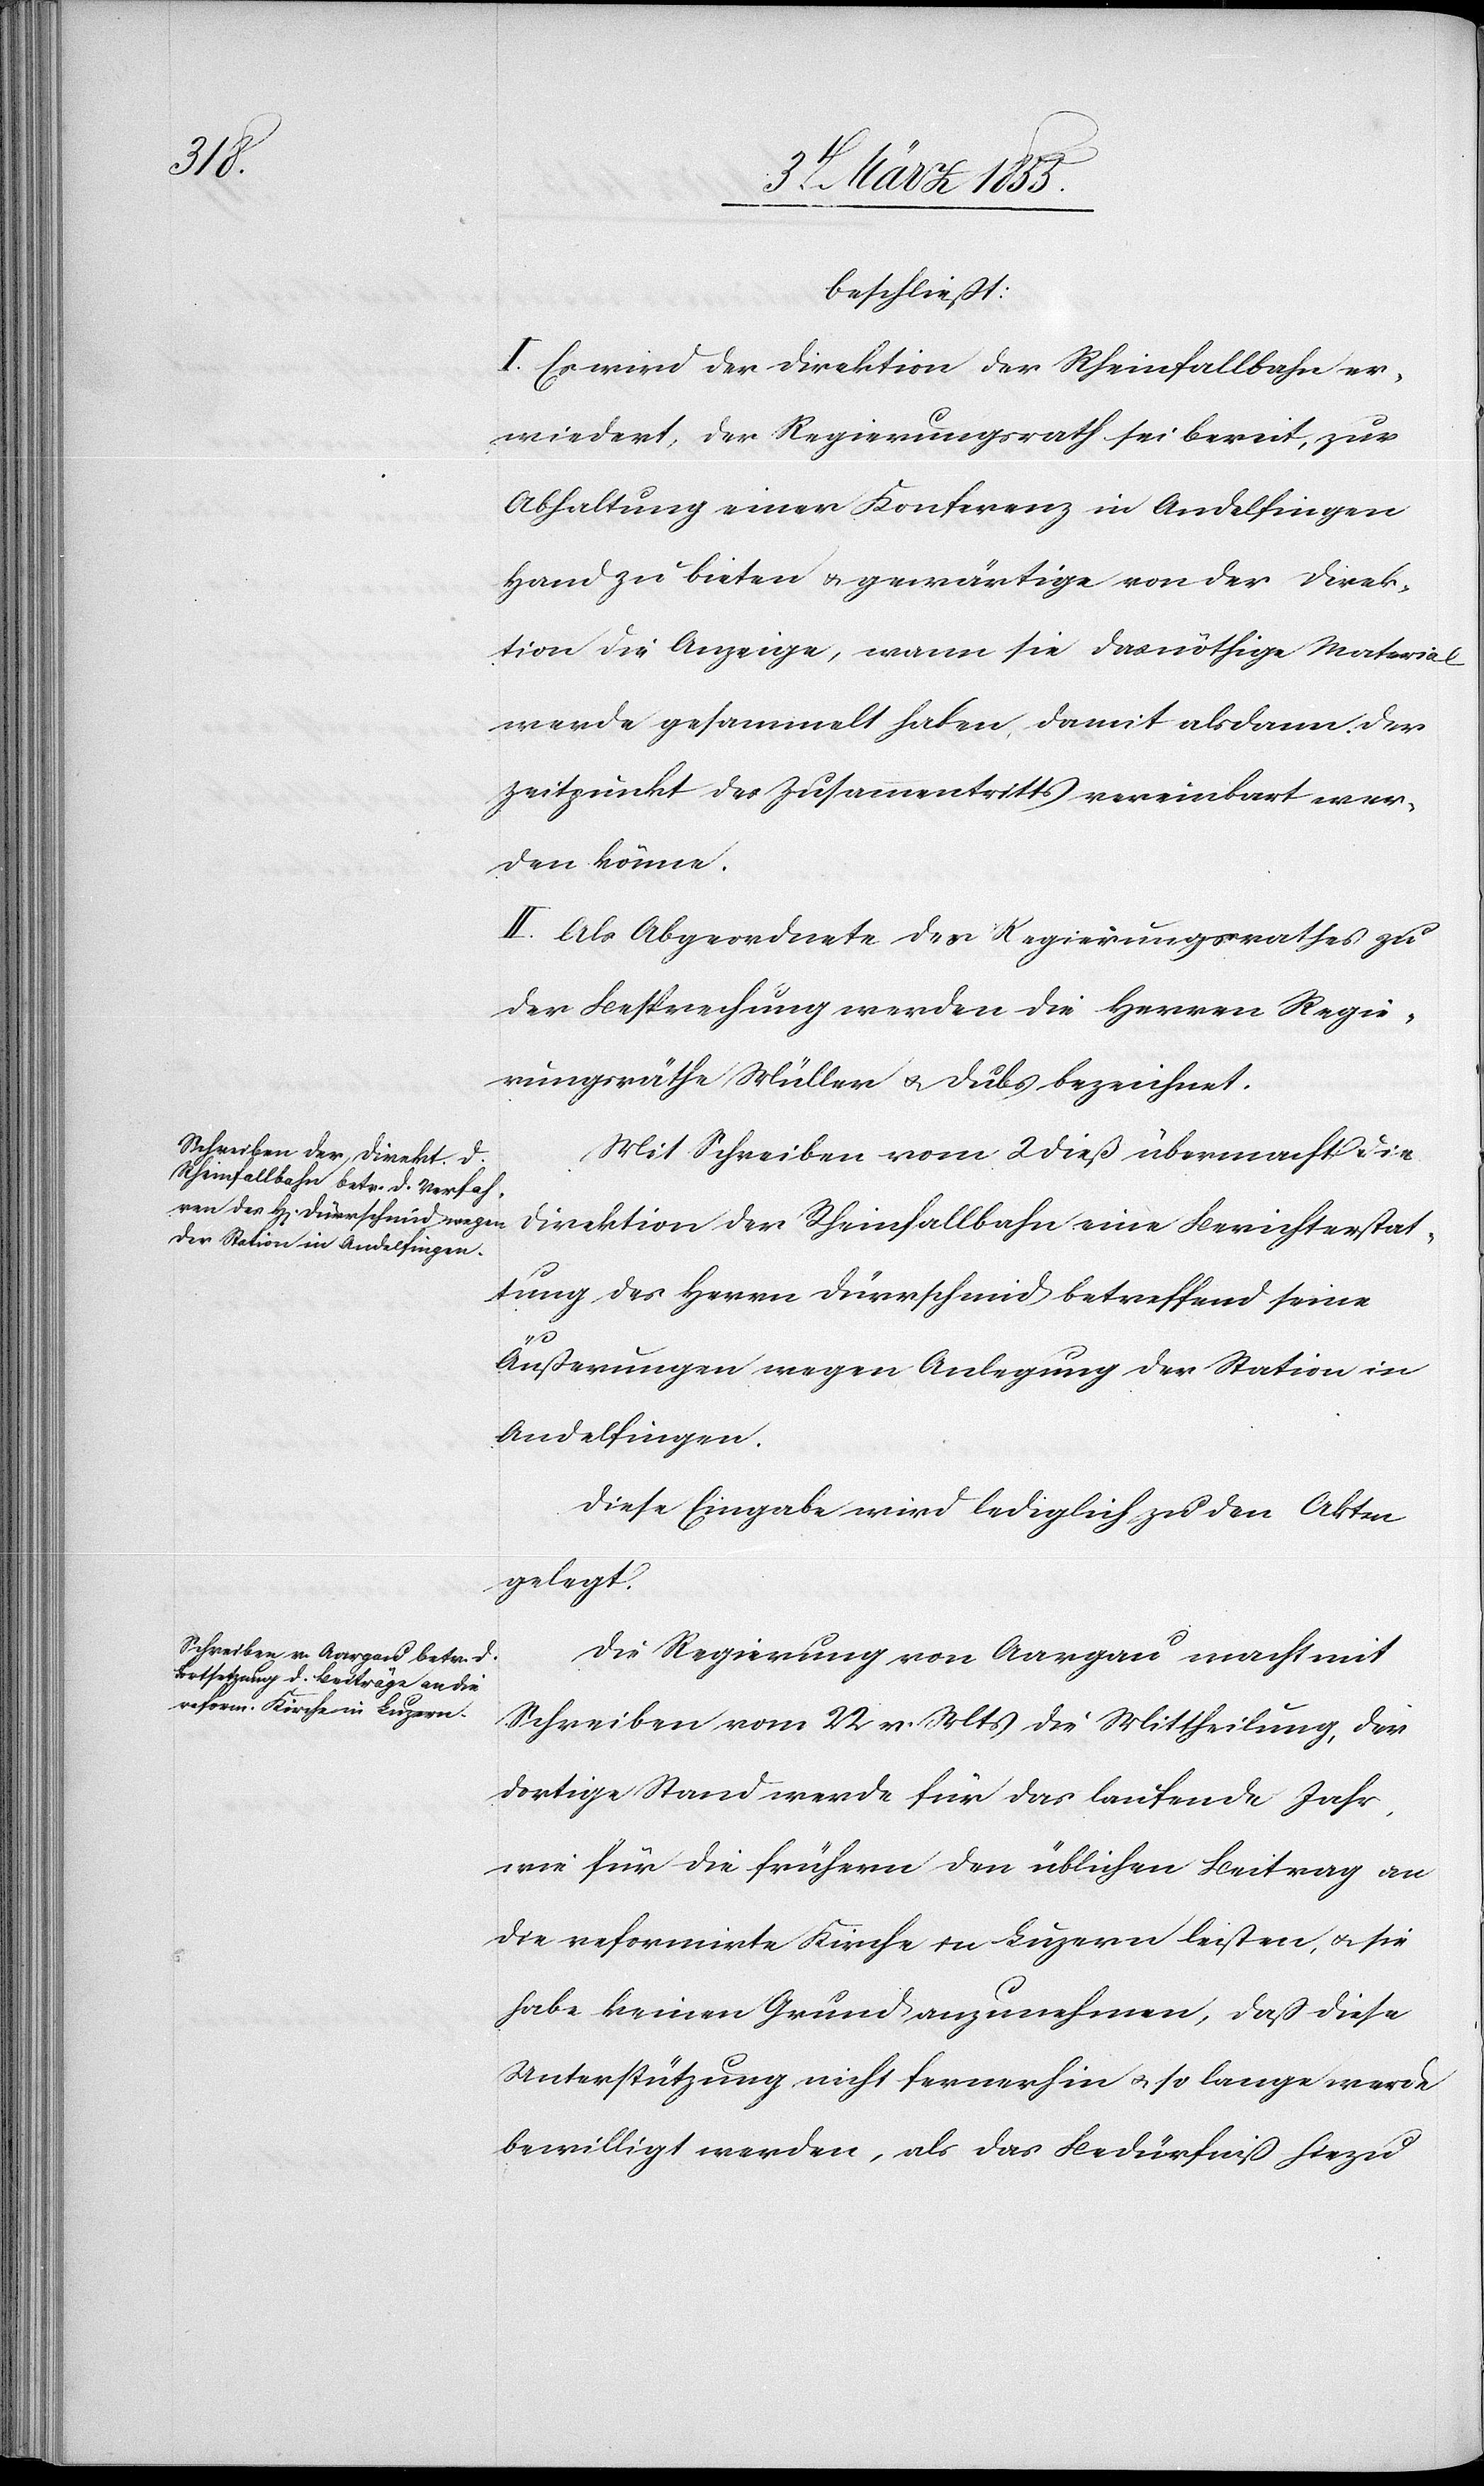
beschließt:
I. Es wird der Direktion der Rheinfallbahn er¬
wiedert, der Regierungsrath sei bereit, zur
Abhaltung einer Konferenz in Andelfingen
Hand zu bieten & gewärtige von der Direk¬
tion die Anzeige, wann sie das nöthige Material
werde gesammelt haben, damit alsdann der
Zeitpunkt des Zusammentritts vereinbart wer¬
den könne.
II. Als Abgeordnete des Regierungsrathes zu
der Besprechung werden die Herren Regie¬
rungsräthe Müller & Dubs bezeichnet.
Mit Schreiben vom 2 dieß übermacht die
tung des Herrn Dürrschmid betreffend seine
tat¬
Äußerungen wegen Anlegung der Station in
Andelfingen.
Diese Eingabe wird lediglich zu den Akten
gelegt.
Die Regierung von Aargau macht mit
Schreiben vom 22 v. Mts die Mittheilung, der
dortige Stand werde für das laufende Jahr,
wie für die frühern den üblichen Beitrag an
die reformirte Kirche in Luzern leisten, & sie
habe keinen Grund anzunehmen, daß diese
Unterstützung nicht fernerhin & so lange werde
bewilligt werden, als das Bedürfniß hiezu